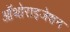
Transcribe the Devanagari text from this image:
ऑथोराइजेशन